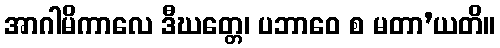
အာဂါမိကာလေ ဒီဃတ္တေ၊ ပဘာဝေ စ မတာ’ယတိ။